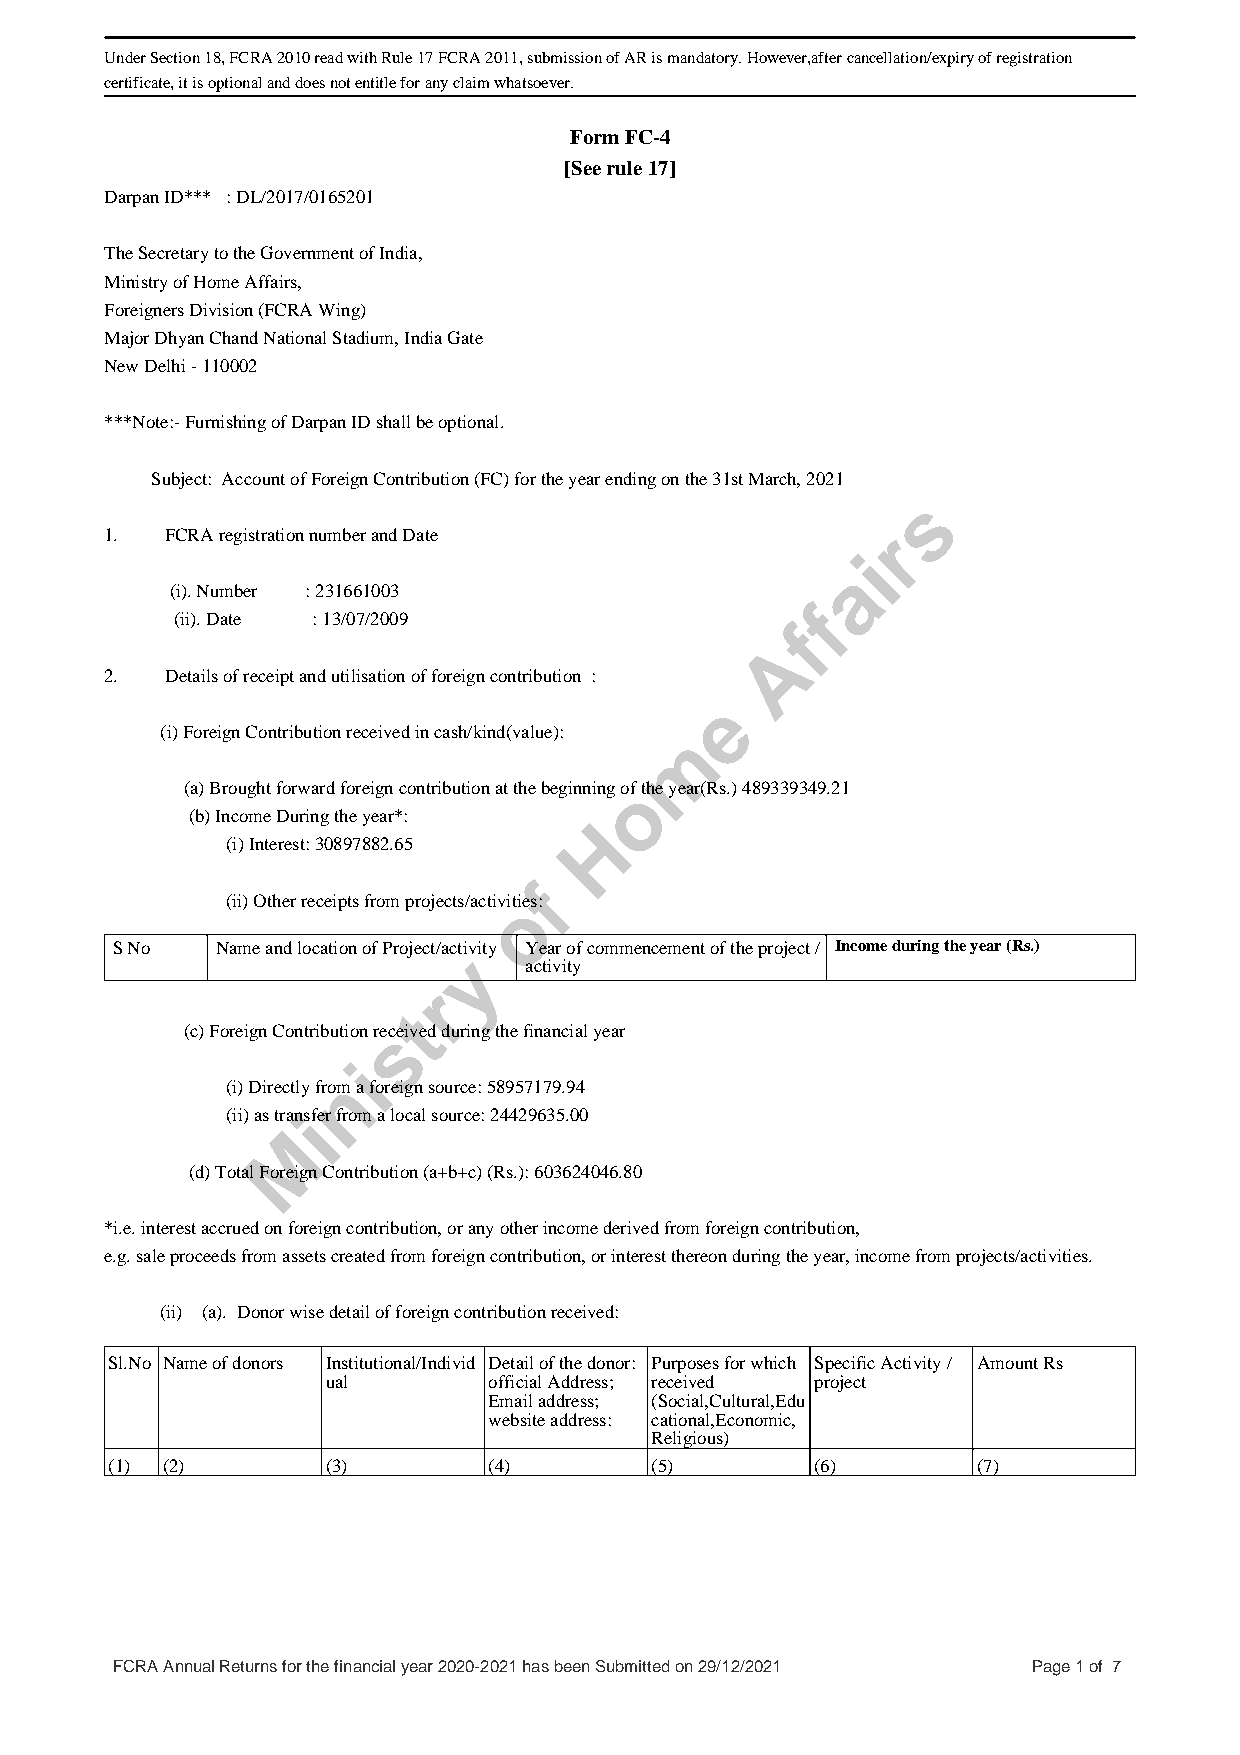
Under Section 18, FCRA 2010 read with Rule 17 FCRA 2011, submission of AR is mandatory. However,after cancellation/expiry of registration
 certificate, it is optional and does not entitle for any claim whatsoever.
 Form FC-4
 [See rule 17]
 Darpan ID*** : DL/2017/0165201
 The Secretary to the Government of India,
 Ministry of Home Affairs,
 Foreigners Division (FCRA Wing)
 Major Dhyan Chand National Stadium, India Gate
 New Delhi - 110002
 ***Note:- Furnishing of Darpan ID shall be optional.
 Subject: Account of Foreign Contribution (FC) for the year ending on the 31st March, 2021
 s
 1.  FCRA registration number and Date              r
 i
 a
 (i). Number : 231661003
 f
 (ii). Date : 13/07/2009                 f
 A
 2.  Details of receipt and utilisation of foreign contribution :
 e
 (i) Foreign Contribution received in cash/kind(value): m
 (a) Brought forward foreign contribution at the beginning oof the year(Rs.) 489339349.21
 (b) Income During the year*:
 H
 (i) Interest: 30897882.65
 f
 (ii) Other receipts from projects/activioties:
 S No   Name and location of Project/activity Year of commencement of the project / Income during the year (Rs.)
 y
 activity
 r
 t
 (c) Foreign Contribution resceived during the financial year
 i
 n
 (i) Directly from a foreign source: 58957179.94
 (ii) as tranisfer from a local source: 24429635.00
 M
 (d) Total Foreign Contribution (a+b+c) (Rs.): 603624046.80
 *i.e. interest accrued on foreign contribution, or any other income derived from foreign contribution,
 e.g. sale proceeds from assets created from foreign contribution, or interest thereon during the year, income from projects/activities.
 (ii) (a). Donor wise detail of foreign contribution received:
 Sl.No Name of donors Institutional/Individ Detail of the donor: Purposes for which Specific Activity / Amount Rs
 ual       official Address; received project
 Email address; (Social,Cultural,Edu
 website address: cational,Economic,
 Religious)
 (1) (2)        (3)       (4)        (5)        (6)        (7)
 FCRA Annual Returns for the financial year 2020-2021 has been Submitted on 29/12/2021 Page 1 of 7